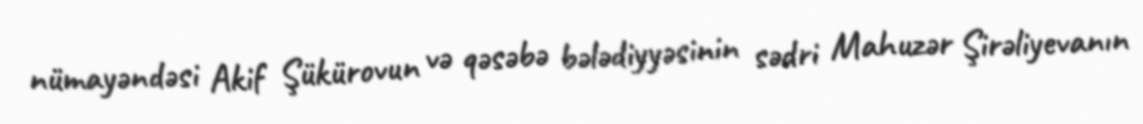
nümayəndəsi Akif Şükürovun və qəsəbə bələdiyyəsinin sədri Mahuzər Şirəliyevanın